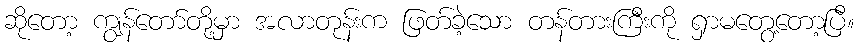
ဆိုတော့ ကျွန်တော်တို့မှာ အလာတုန်းက ဖြတ်ခဲ့သော တန်တားကြီးကို ရှာမတွေ့တော့ပြီ။